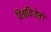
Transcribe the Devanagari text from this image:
विश्वविजेती